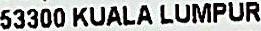
53300 KUALA LUMPUR